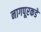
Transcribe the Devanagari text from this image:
नागपूरकडे